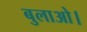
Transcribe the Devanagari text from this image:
बुलाओ।